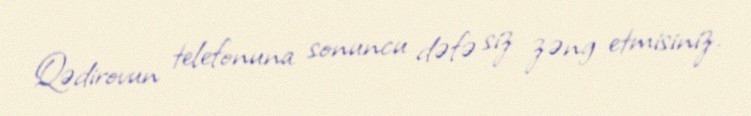
Qədirovun telefonuna sonuncu dəfə siz zəng etmisiniz.